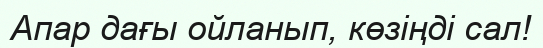
Апар дағы ойланып, көзіңді сал!